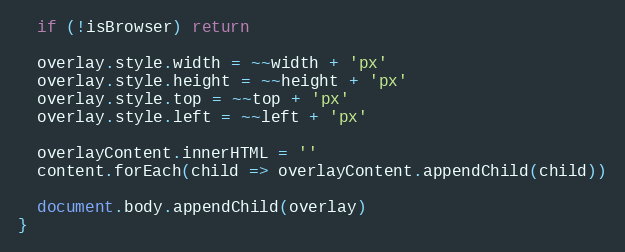
Language: JavaScript
  if (!isBrowser) return

  overlay.style.width = ~~width + 'px'
  overlay.style.height = ~~height + 'px'
  overlay.style.top = ~~top + 'px'
  overlay.style.left = ~~left + 'px'

  overlayContent.innerHTML = ''
  content.forEach(child => overlayContent.appendChild(child))

  document.body.appendChild(overlay)
}